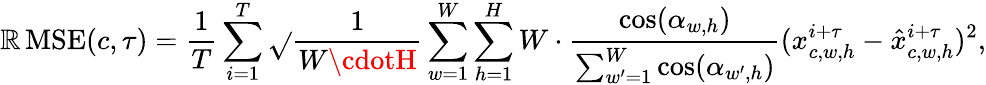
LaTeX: \operatorname{\mathbb{R}MSE}(c,\tau)=\frac{{1}}{{T}}\sum_{i=1}^{T}\sqrt{}{{\frac{{1}}{{W\cdotH}}\sum_{w=1}^{W}\sum_{h=1}^{H}W\cdot\frac{{\cos(\alpha_{w,h})}}{{\sum_{w^{\prime}=1}^{W}\cos(\alpha_{w^{\prime},h})}}(x_{c,w,h}^{i+\tau}-\hat{{x}}_{c,w,h}^{i+\tau})^{2}}},